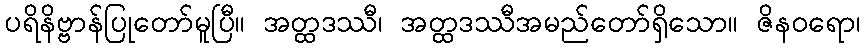
ပရိနိဗ္ဗာန်ပြုတော်မူပြီ။ အတ္ထဒဿီ၊ အတ္ထဒဿီအမည်တော်ရှိသော။ ဇိနဝရော၊